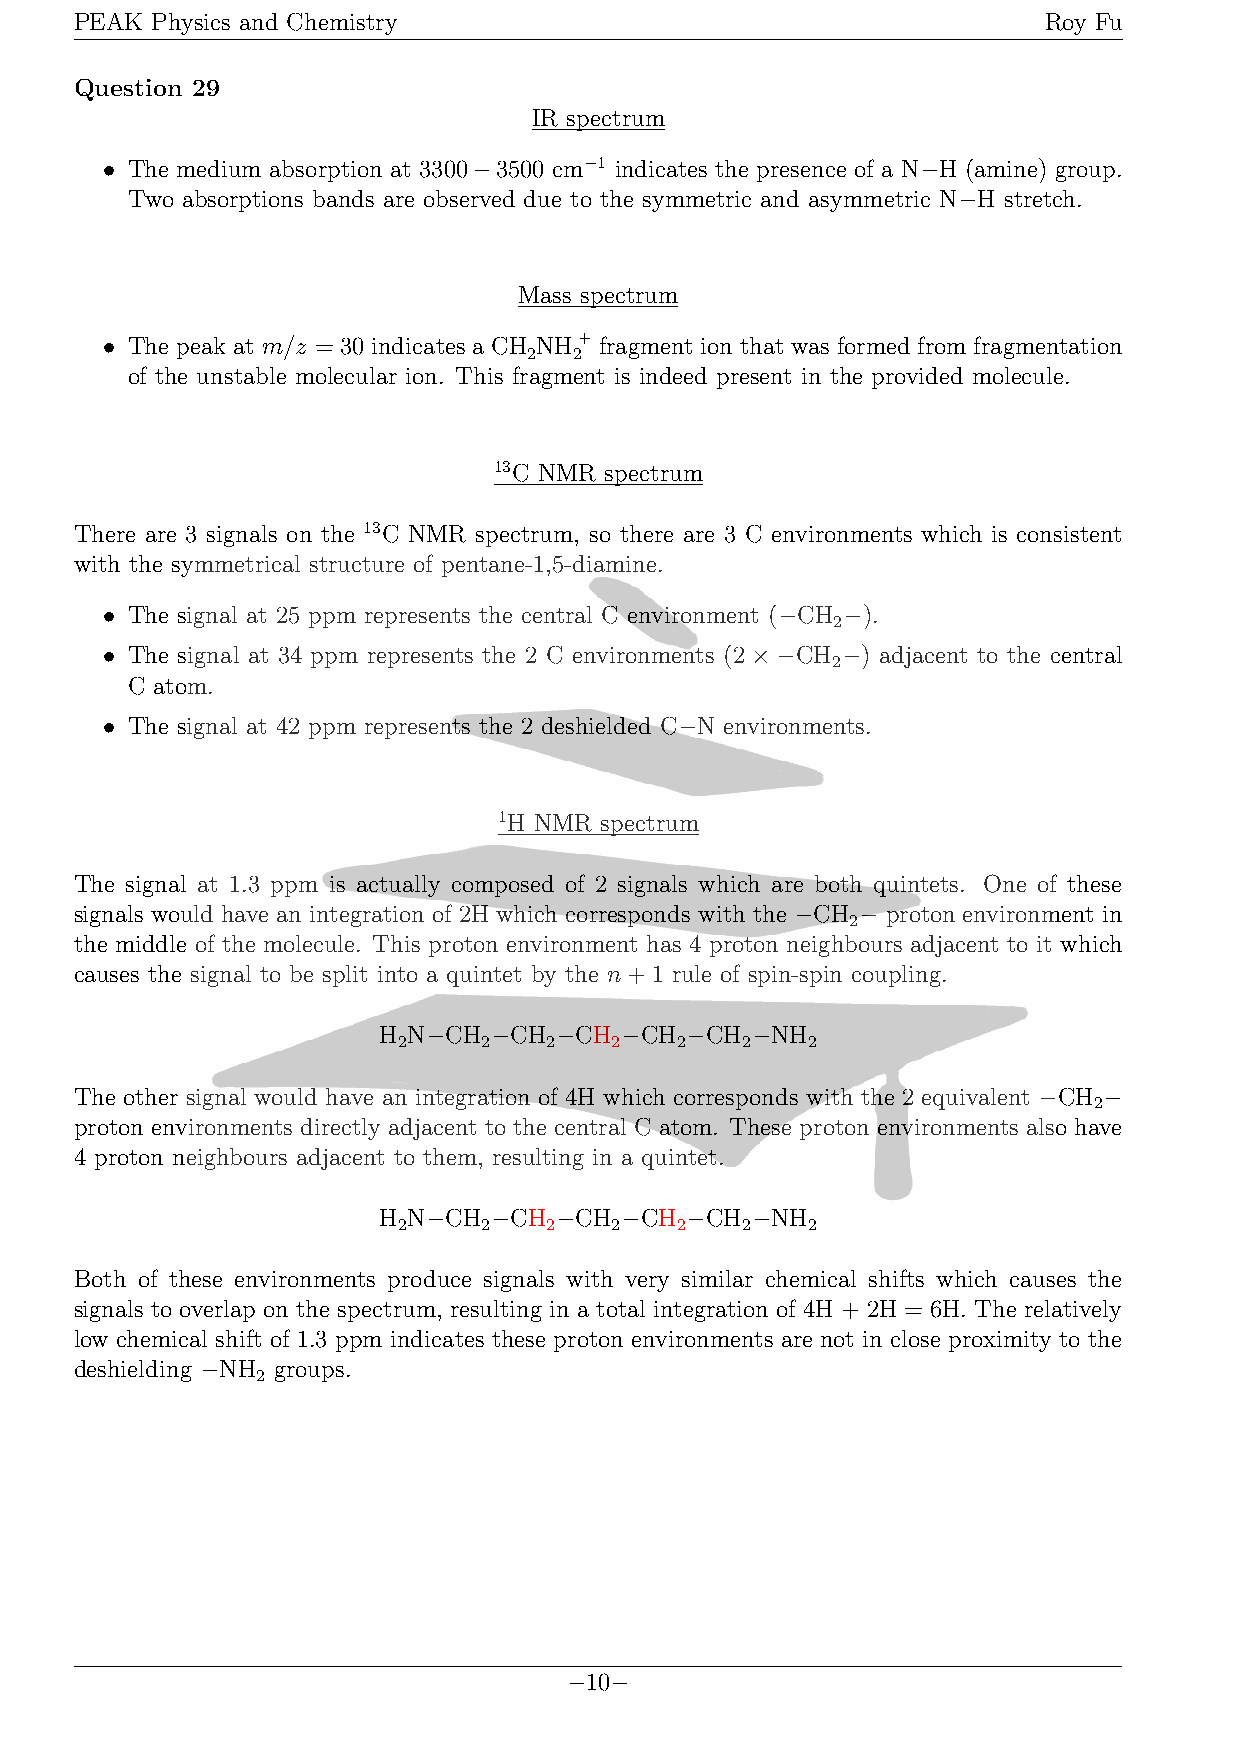
PEAK Physics and Chemistry                                      Roy Fu
 Question 29
 IR spectrum
 • The medium absorption at 3300−3500 cm−1 indicates the presence of a N−H (amine) group.
 Two absorptions bands are observed due to the symmetric and asymmetric N−H stretch.
 Mass spectrum
 • The peak at m/z = 30 indicates a CH NH+ fragment ion that was formed from fragmentation
 2  2
 of the unstable molecular ion. This fragment is indeed present in the provided molecule.
 13C NMR spectrum
 There are 3 signals on the 13C NMR spectrum, so there are 3 C environments which is consistent
 with the symmetrical structure of pentane-1,5-diamine.
 • The signal at 25 ppm represents the central C environment (−CH −).
 2
 • The signal at 34 ppm represents the 2 C environments (2×−CH −) adjacent to the central
 2
 C atom.
 • The signal at 42 ppm represents the 2 deshielded C−N environments.
 1H NMR spectrum
 The signal at 1.3 ppm is actually composed of 2 signals which are both quintets. One of these
 signals would have an integration of 2H which corresponds with the −CH − proton environment in
 2
 the middle of the molecule. This proton environment has 4 proton neighbours adjacent to it which
 causes the signal to be split into a quintet by the n+1 rule of spin-spin coupling.
 H N−CH −CH  −CH −CH −CH  −NH
 2     2   2   2    2   2   2
 The other signal would have an integration of 4H which corresponds with the 2 equivalent −CH −
 2
 proton environments directly adjacent to the central C atom. These proton environments also have
 4 proton neighbours adjacent to them, resulting in a quintet.
 H N−CH −CH  −CH −CH −CH  −NH
 2     2   2   2    2   2   2
 Both of these environments produce signals with very similar chemical shifts which causes the
 signals to overlap on the spectrum, resulting in a total integration of 4H + 2H = 6H. The relatively
 low chemical shift of 1.3 ppm indicates these proton environments are not in close proximity to the
 deshielding −NH groups.
 2
 −10−